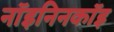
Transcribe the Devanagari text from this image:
नॉइनिनकॉइ